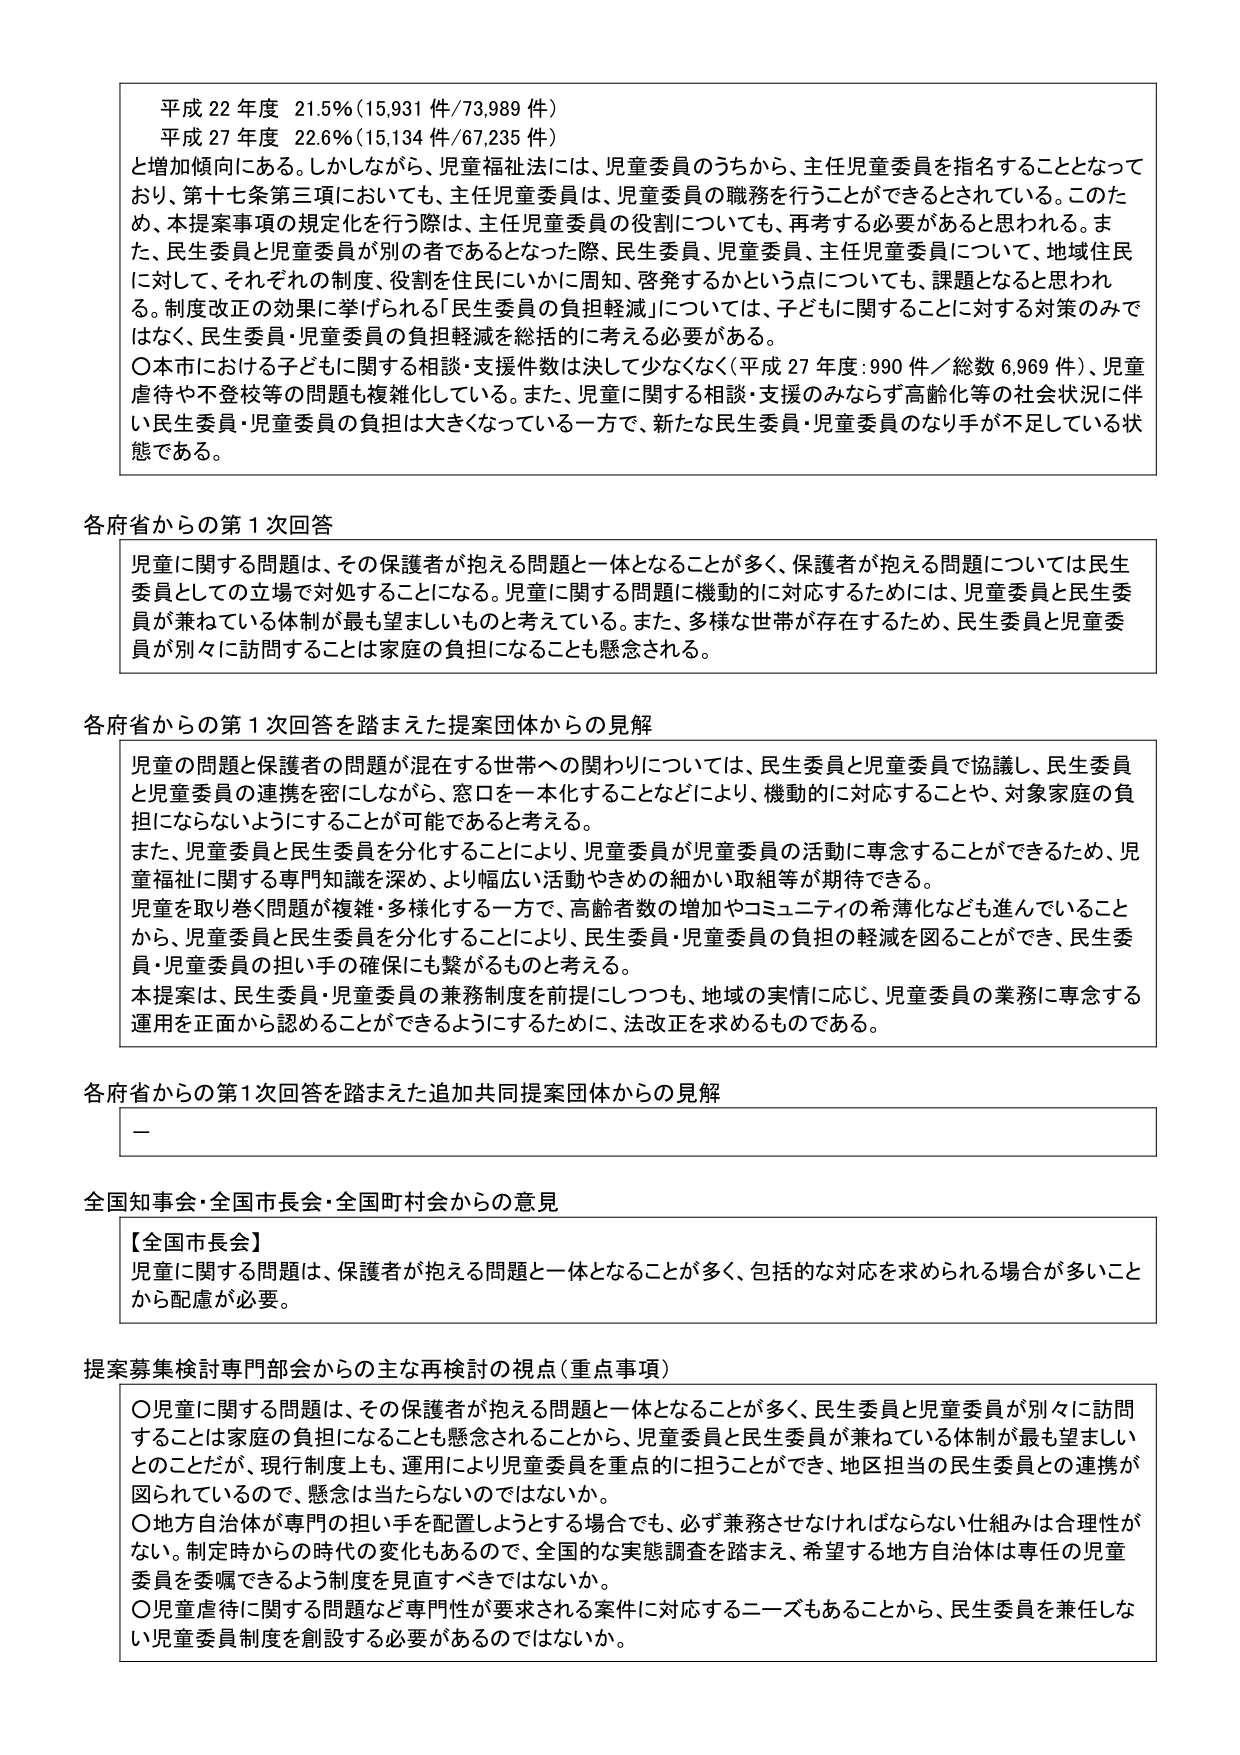
平成 22 年度 21.5%（15,931 件/73,989 件）
平成 27 年度 22.6%（15,134 件/67,235 件）
と増加傾向にある。しかしながら、児童福祉法には、児童委員のうちから、主任児童委員を指名することとなっており、第十七条第三項においても、主任児童委員は、児童委員の職務を行うことができるとしている。このため、本提案事項の規定化を行う際は、主任児童委員の役割についても、再考する必要があると思われる。また、民生委員と児童委員が別の者であるとなった際、民生委員、児童委員、主任児童委員について、地域住民に対して、それぞれの制度、役割を住民にいかに周知、啓発するかという点についても、課題となると思われる。制度改正の効果に挙げられる「民生委員の負担軽減」については、子どもに関することに対する対策のみではなく、民生委員・児童委員の負担軽減を総括的に考える必要がある。
〇本市における子どもに関する相談・支援件数は決して少なくなく（平成 27 年度：990 件／総数 6,969 件）、児童虐待や不登校等の問題も複雑化している。また、児童に関する相談・支援のみならず高齢化等の社会状況に伴い民生委員・児童委員の負担は大きくなっている一方で、新たな民生委員・児童委員のなり手が不足している状態である。

各府省からの第 1 次回答
児童に関する問題は、その保護者が抱える問題と一体となることが多く、保護者が抱える問題については民生委員としての立場で対処することになる。児童に関する問題に機動的に対応するためには、児童委員と民生委員が兼ねている体制が最も望ましいものと考えている。また、多様な世帯が存在するため、民生委員と児童委員が別々に訪問することは家庭の負担になることも懸念される。

各府省からの第 1 次回答を踏まえた提案団体からの見解
児童の問題と保護者の問題が混在する世帯への関わりについては、民生委員と児童委員で協議し、民生委員と児童委員の連携を密にしながら、窓口を一本化することなどにより、機動的に対応することや、対象家庭の負担にならないようにすることが可能であると考える。
また、児童委員と民生委員を分化することにより、児童委員が児童委員の活動に専念することができるため、児童福祉に関する専門知識を深め、より幅広い活動やきめの細かい取組が期待できる。
児童を取り巻く問題が複雑・多様化する一方で、高齢者数の増加やコミュニティの希薄化なども進んでいることから、児童委員と民生委員を分化することにより、民生委員・児童委員の負担の軽減を図ることができ、民生委員・児童委員の担い手の確保にも繋がるものと考える。
本提案は、民生委員・児童委員の兼務制度を前提にしつつも、地域の実情に応じ、児童委員の業務に専念する運用を正面から認めることができるようにするために、法改正を求めるものである。

各府省からの第 1 次回答を踏まえた追加共同提案団体からの見解
－

全国知事会・全国市長会・全国町村会からの意見
【全国市長会】
児童に関する問題は、保護者が抱える問題と一体となることが多く、包括的な対応を求められる場合が多いことから配慮が必要。

提案募集検討専門部会からの主な再検討の視点（重点事項）
〇児童に関する問題は、その保護者が抱える問題と一体となることが多く、民生委員と児童委員が別々に訪問することは家庭の負担になることも懸念されることから、児童委員と民生委員が兼ねている体制が最も望ましいとのことだが、現行制度上も、運用により児童委員を重点的に担うことができ、地区担当の民生委員との連携が図られているので、懸念は当たらないのではないか。
〇地方自治体が専門の担い手を配置しようとする場合でも、必ず兼務させなければならない仕組みは合理性がない。制定時からの時代の変化もあるので、全国的な実態調査を踏まえ、希望する地方自治体は専任の児童委員を委嘱できるよう制度を見直すべきではないか。
〇児童虐待に関する問題など専門性が要求される案件に対応するニーズもあることから、民生委員を兼任しない児童委員制度を創設する必要があるのではないか。